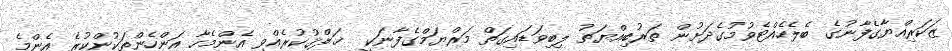
ޒަކަރިއްޔާގެފާނުގެ ބެލެހެއްޓެވުމުގެދަށުން ތަރުބިއްޔަތު ލިބިވަޑައިގަތް މަރްޔަމްގެފާނަކީ  ޚަލްޤުކުރެއްވި އެންމެހާ އަންހެންތަކުންކުރެ އެންމެ